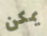
يمكن